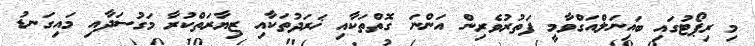
މި ރިޕޯޓުގައި ބައިނަލްއަގްވާމީ ފަތުރުވެރިން އަންނަ ގޮތްތަކާއި ޚަރަދުތަކާއި ޒިޔާރަތްކުރާ މަގުސަދާއި މައިގަނޑު